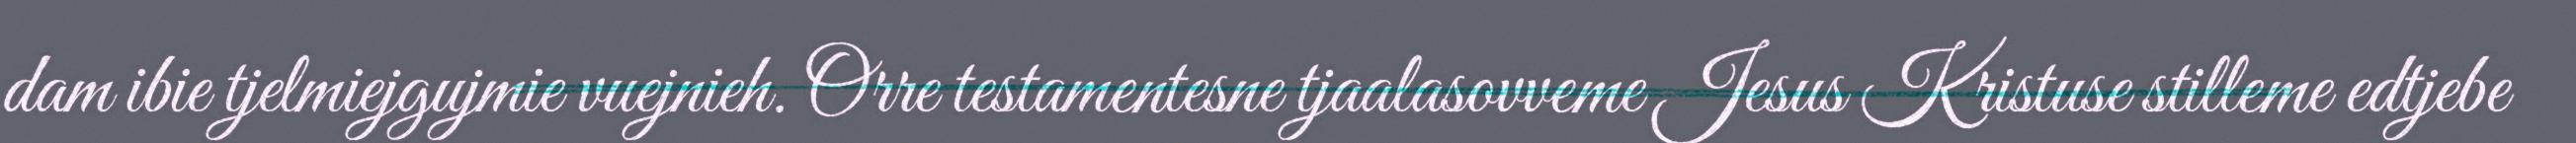
dam ibie tjelmiejgujmie vuejnieh. Orre testamentesne tjaalasovveme Jesus Kristuse stilleme edtjebe